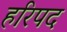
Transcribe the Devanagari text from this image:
हरिपद